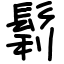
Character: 鬁